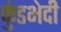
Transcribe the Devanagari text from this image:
कुंडभेदी